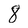
Character: 8